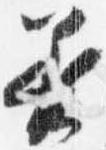
着